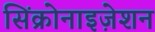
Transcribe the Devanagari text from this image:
सिंक्रोनाइज़ेशन